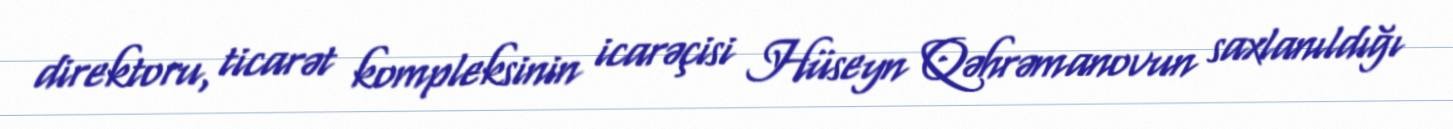
direktoru, ticarət kompleksinin icarəçisi Hüseyn Qəhrəmanovun saxlanıldığı